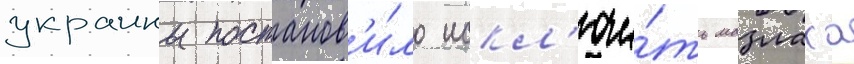
украины постанов'и́ло искл'ючи́ть мазлаха